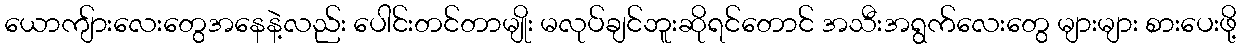
ယောကျ်ားလေးတွေအနေနဲ့လည်း ပေါင်းတင်တာမျိုး မလုပ်ချင်ဘူးဆိုရင်တောင် အသီးအရွက်လေးတွေ များများ စားပေးဖို့